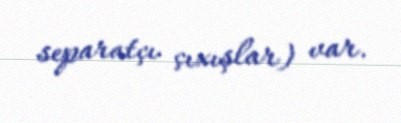
separatçı çıxışlar) var.